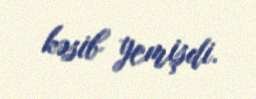
kəsib yemişdi.